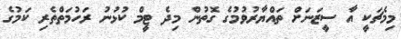
މިމެޗަކީ އާ ސީޒަނަށް ތައްޔާރުވުމުގެ ގޮތުން މިދެ ޓީމް ކުޅުނު ރަހުމަތްތެރި ކަމުގެ